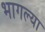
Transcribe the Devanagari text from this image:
भागल्या